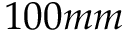
1 0 0 m m